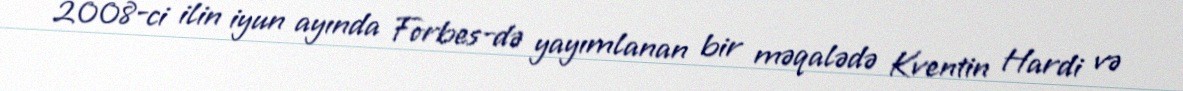
2008-ci ilin iyun ayında Forbes-də yayımlanan bir məqalədə Kventin Hardi və